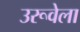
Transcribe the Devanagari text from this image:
उरूवेला